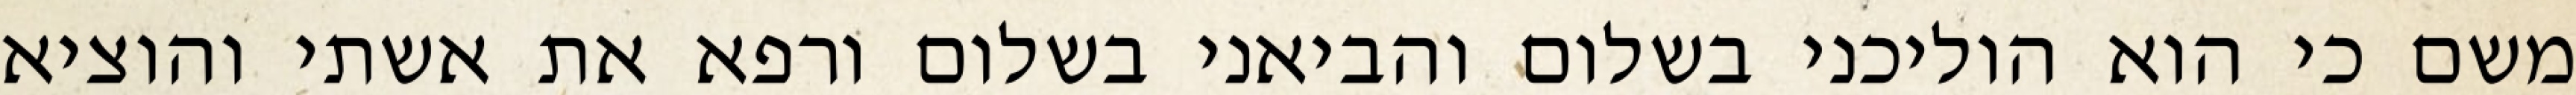
משם כי הוא הוליכני בשלום והביאני בשלום ורפא את אשתי והוציא